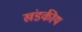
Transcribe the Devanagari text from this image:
खंडकीय